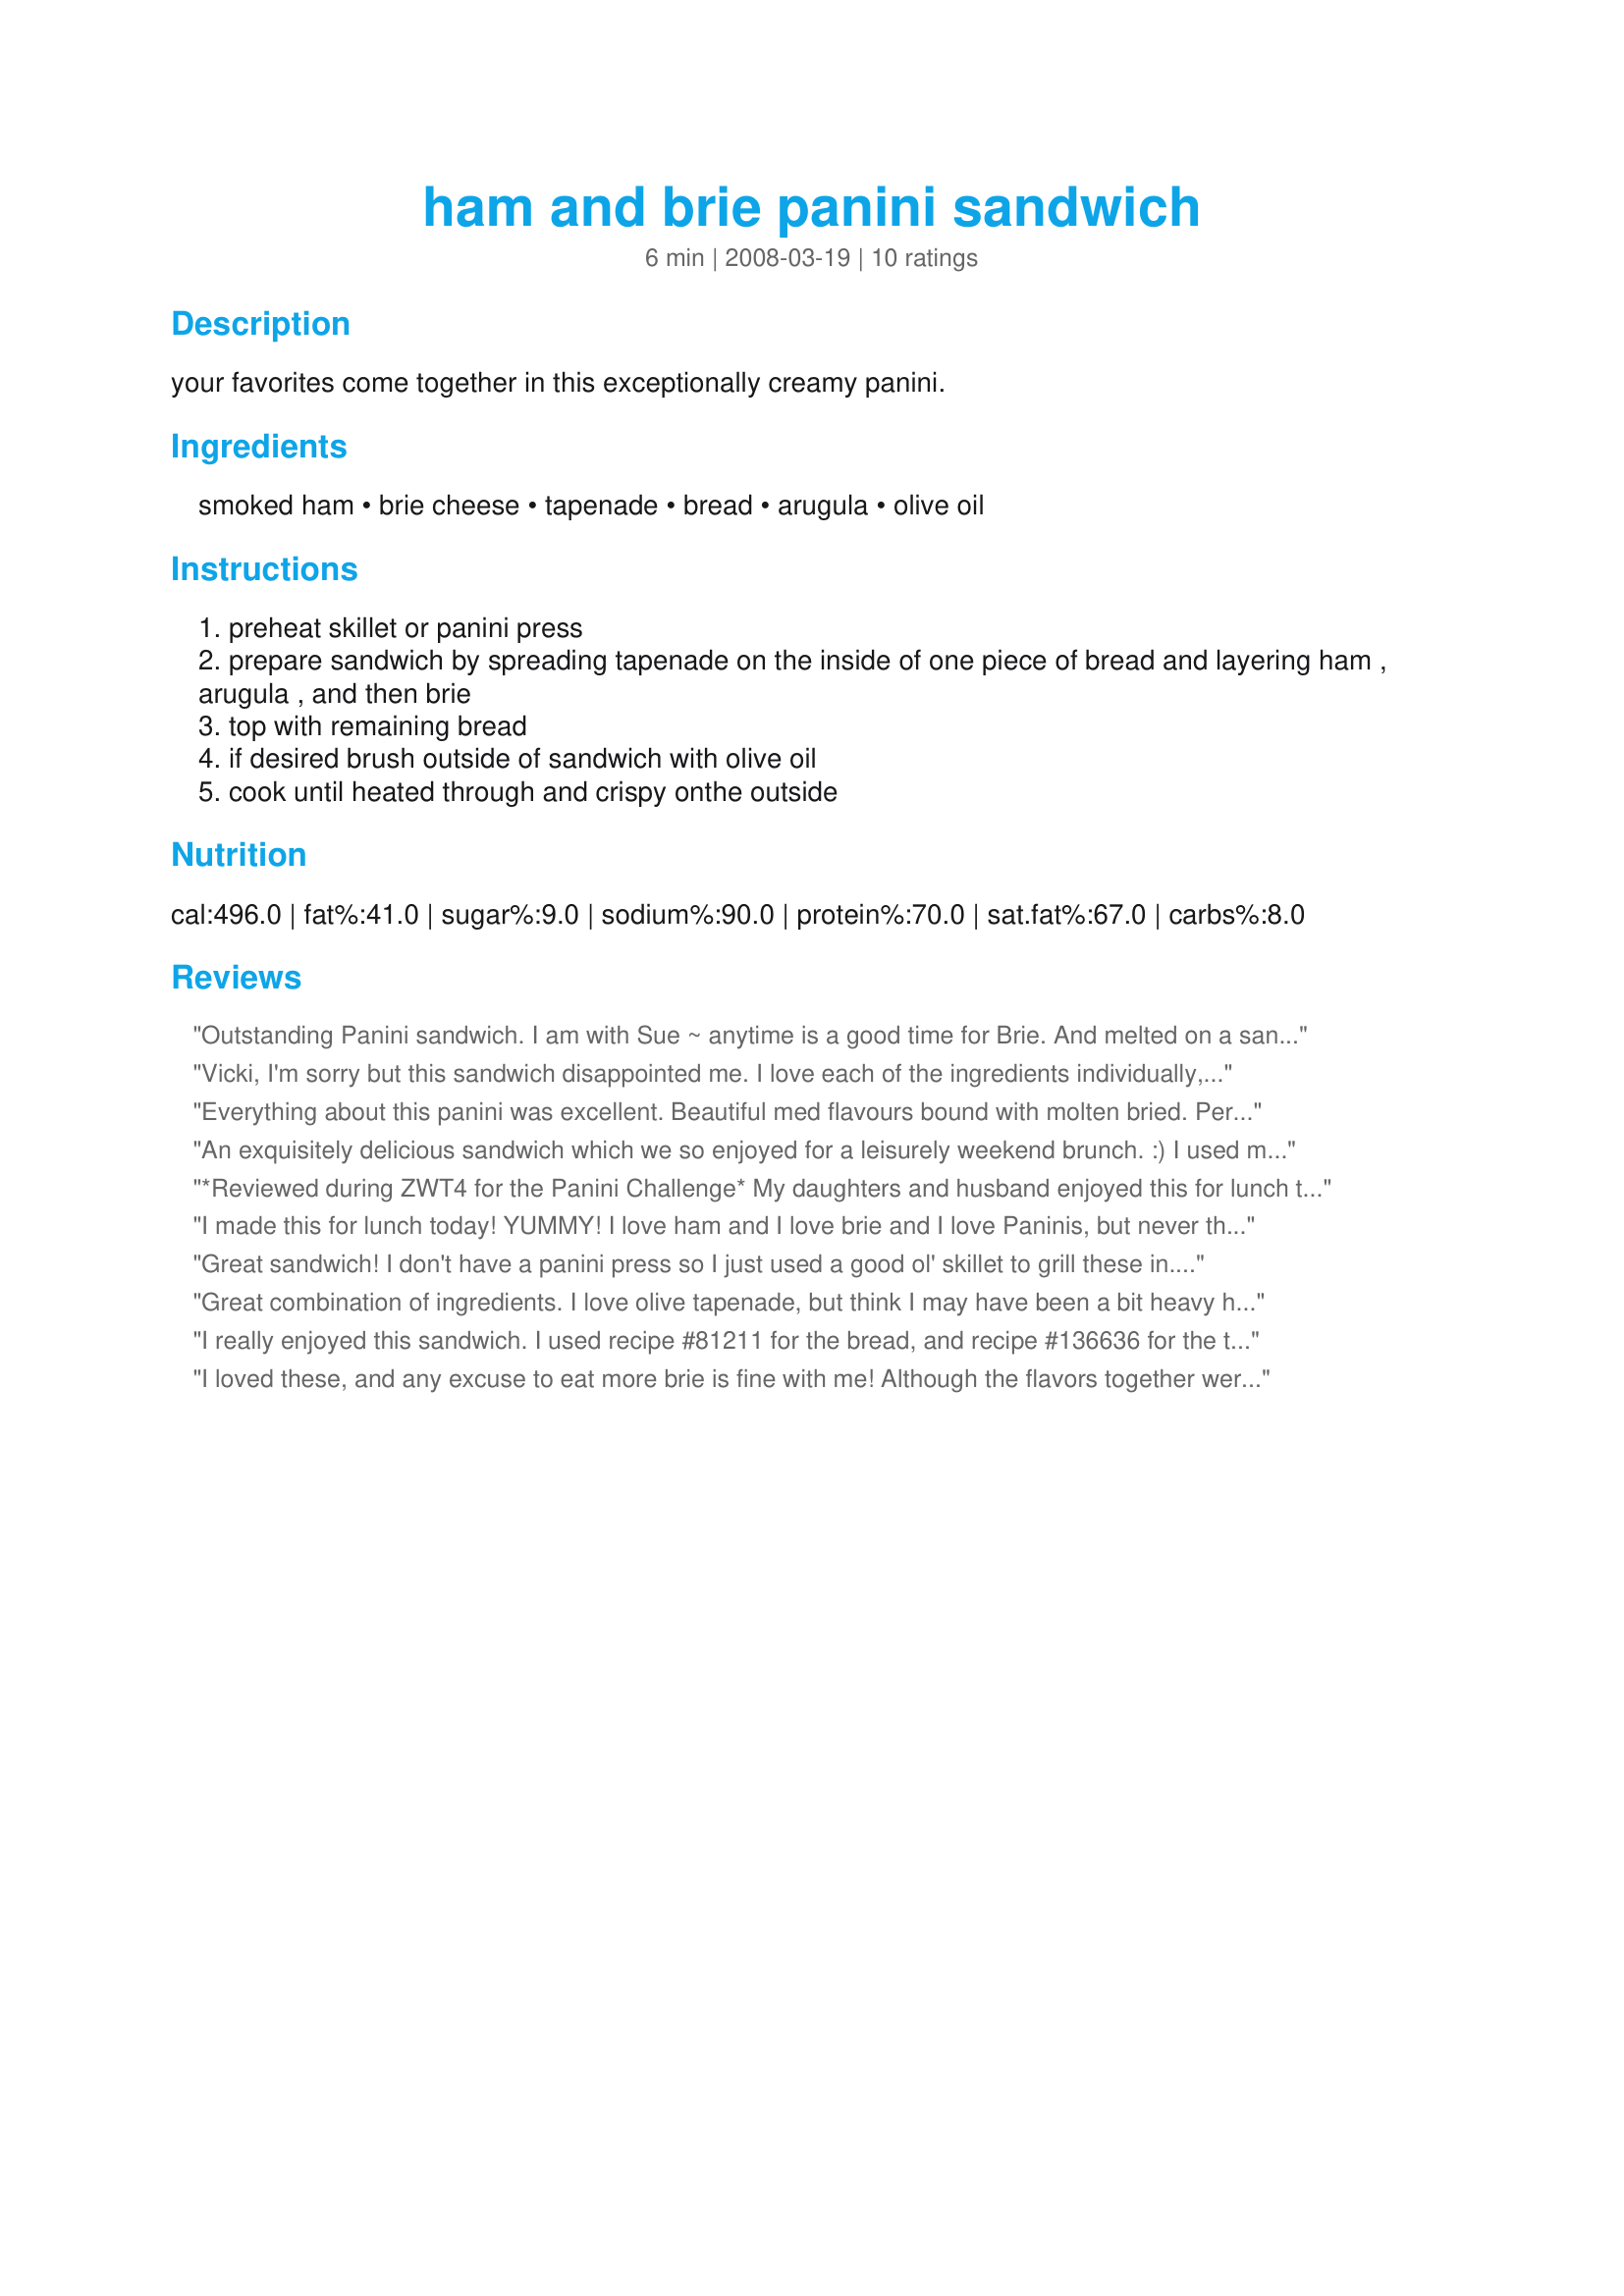
ham and brie panini sandwich
Preparation time: 6 minutes

your favorites come together in this exceptionally creamy panini.

Ingredients:
smoked ham, brie cheese, tapenade, bread, arugula, olive oil

Steps:
preheat skillet or panini press
prepare sandwich by spreading tapenade on the inside of one piece of bread and layering ham , arugula , and then brie
top with remaining bread
if desired brush outside of sandwich with olive oil
cook until heated through and crispy onthe outside

Reviews:
Outstanding Panini sandwich. I am with Sue ~ anytime is a good time for Brie. And melted on a sandwich made the wonderful taste really shine through. I don't have a panini press, so just used my skillet with a brick. I also used a dark rye, but the flavors that melded together were fabulous. i served mine on sitting happily on top of a thick tomato slice, to be eaten right along side of the sandwich. Perfect! Made for *ZWT4* June 2008.
Vicki, I'm sorry but this sandwich disappointed me. I love each of the ingredients individually, when put together, the combination just didn't work for me. I used the olive tapenade recipe that you recommended and out the arugula. Made for ZWT, please see my rating system as I rate tougher than most.
Everything about this panini was excellent. Beautiful med flavours bound with molten bried. Perfect.
An exquisitely delicious sandwich which we so enjoyed for a leisurely weekend brunch. :) I used my Recipe #136636 which blended superbly with the ham and brie, and crusty ciabatta. Thank you so much for sharing this sandwich, Vicki! Made for Ali Baba's Babes for ZWT 5.
*Reviewed during ZWT4 for the Panini Challenge* My daughters and husband enjoyed this for lunch today. We didn't have any arugula so omitted it. Quick and easy to put together My family enjoyed their lunch
I made this for lunch today! YUMMY! I love ham and I love brie and I love Paninis, but never thought to put them all together!
I just used the ham and brie and added a few bannana peppers and mayo. This was a graet panini! Made for ZWT5 - Epicurean Queens
Great sandwich! I don't have a panini press so I just used a good ol' skillet to grill these in. I don't enjoy olives so I used a fig spread in place of the tapenade, it was a great choice! The fig and brie were great compliments to the ham! Made for Las Mistico Magicos Sirenas - ZWT5.
Great combination of ingredients. I love olive tapenade, but think I may have been a bit heavy handed as it was the stand out flavour. Definitely a great panini, and one I will certainly be making again. Made and reviewed for ZWT4.
I really enjoyed this sandwich. I used recipe #81211 for the bread, and recipe #136636 for the tapenade, but just put a thin coat of it on the bread, so the strong flavor wouldn't overwhelm the ham and cheese. For the cheese, I used on of my favorites, Cambozola. I skipped the arugula, as I don't care for it. This made a great lunch, served with a bunch of grapes on the side. Made for ZWT5 by one of the Cooks with Dirty Faces.
I loved these, and any excuse to eat more brie is fine with me! Although the flavors together were excellent, I found that as the cheese cooled down, the brie flavor really stood out. Excellent! Reviewed for ZWT4 Kumquat's Kookin' Kaboodles. Thanks- ~Sue
